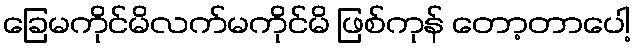
ခြေမကိုင်မိလက်မကိုင်မိ ဖြစ်ကုန် တော့တာပေါ့